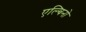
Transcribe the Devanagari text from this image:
एल्बिनो